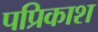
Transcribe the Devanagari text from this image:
पप्रिकाश